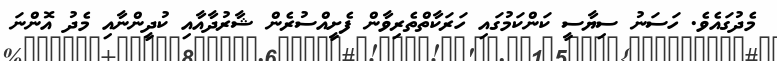
މެދުގައެވެ. ހަސަނު ސިޔާސީ ކަންކަމުގައި ހަރަކާތްތެރިވާން ފެށީއްސުރެން ޝާރުދާއާއި ކުދީންނާއި މެދު އޮންނަ